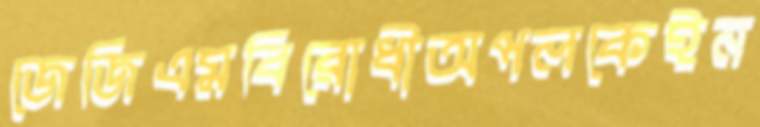
জেজিএমবিরোধীঅপলকেইন